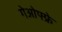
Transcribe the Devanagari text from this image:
गेओफ्फ्रे